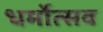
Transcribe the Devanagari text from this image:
धर्मोत्सव